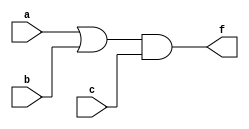
module SimpleCircuit(
    input a,
    input b,
    input c,
    output f
);
    wire d;

    assign d = a || b;
    assign f = d && c;
endmodule